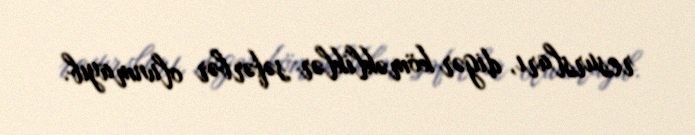
resursları, digər köməkliklər səfərbər olunmayıb.